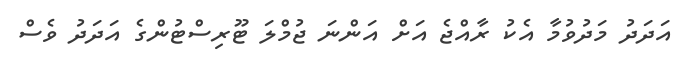
އަދަދު މަދުވުމާ އެކު ރާއްޖެ އަށް އަންނަ ޖުމްލަ ޓޫރިސްޓުންގެ އަދަދު ވެސް